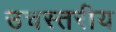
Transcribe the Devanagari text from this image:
उचस्तरीय